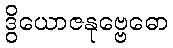
ဒွိယောဇနုဗ္ဗေဓော